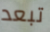
تبعد